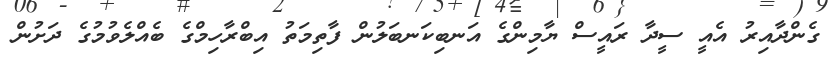
ގެންދާއިރު އެއީ ސީދާ ރައީސް ޔާމިންގެ އަނބިކަނބަލުން ފާތިމަތު އިބްރާހިމްގެ ބެއްލެވުމުގެ ދަށުން